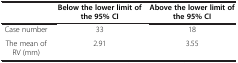
<table><thead><tr><td><b> </b></td><td><b>Below the lower limit of the 95% CI</b></td><td><b>Above the lower limit of the 95% CI</b></td></tr></thead><tbody><tr><td>Case number</td><td>33</td><td>18</td></tr><tr><td>The mean of RV (mm)</td><td>2.91</td><td>3.55</td></tr></tbody></table>